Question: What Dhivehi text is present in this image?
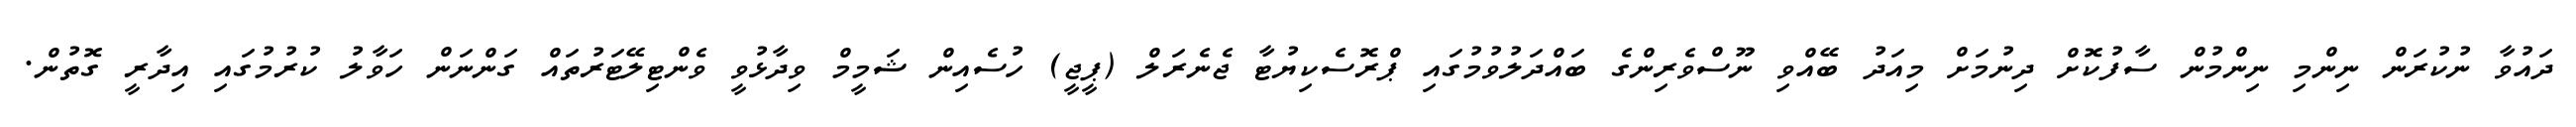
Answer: ދައުވާ ނުކުރަން ނިންމި ނިންމުން ސާފުކޮށް ދިނުމަށް މިއަދު ބޭއްވި ނޫސްވެރިންގެ ބައްދަލުވުމުގައި ޕްރޮސެކިޔުޓާ ޖެނެރަލް (ޕީޖީ) ހުސެއިން ޝަމީމް ވިދާޅުވީ ވެންޓިލޭޓަރުތައް ގަންނަން ހަވާލު ކުރުމުގައި އިދާރީ ގޮތުން.